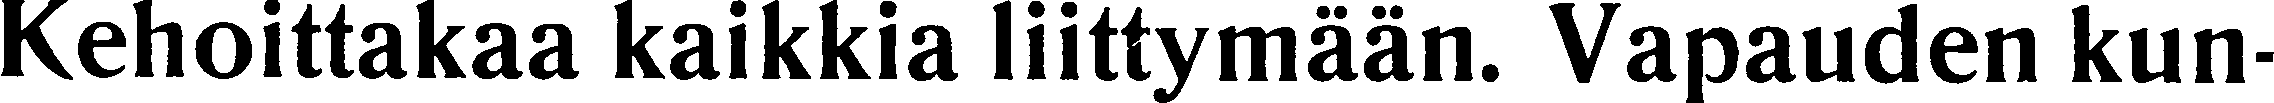
Kehoittakaa kaikkia liittymään. Vapauden kun-